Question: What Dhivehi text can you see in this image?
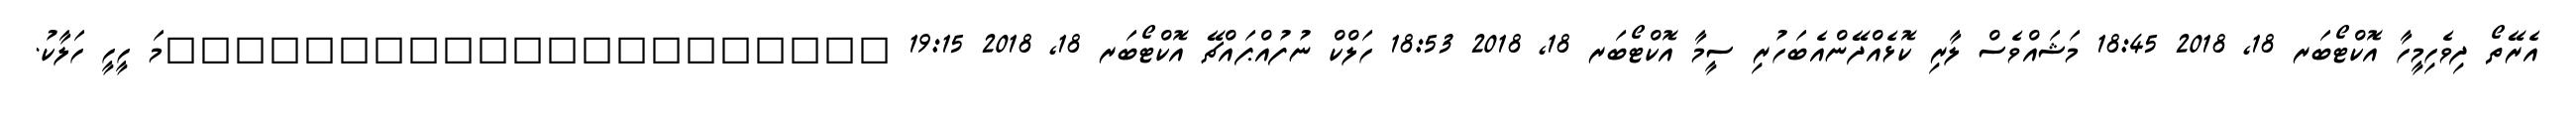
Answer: އެރޭތޯ ދިވެހިމީހާ އޮކްޓޯބަރ 18, 2018 18:45 މަޝައްވެސް ލާރި ކޮޅެއްދޭންއެބަހުރި ސީމާ އޮކްޓޯބަރ 18, 2018 18:53 ހަލްކް ނުފުއްޕައްޗޭ އޮކްޓޯބަރ 18, 2018 19:15 ?????????????????????މަ ހީހީ ހަލާކު.